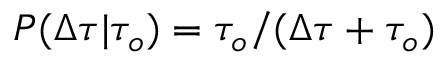
P ( \Delta \tau \vert \tau _ { o } ) = \tau _ { o } / ( \Delta \tau + \tau _ { o } )